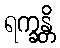
ရက္ခန္တိ